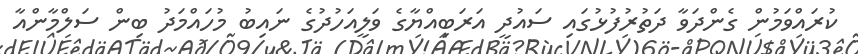
ކުރައްވަމުން ގެންދަވާ ދަތުރުފުޅުގައި ސައުދީ އަރަބިއްޔާގެ ވަލީއަހުދުގެ ނައިބު މުހައްމަދު ބިން ސަލްމާންއާ